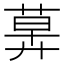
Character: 𦳕